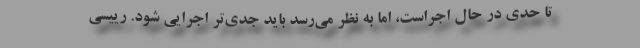
تا حدی در حال اجراست، اما به نظر می‌رسد باید جدی‌تر اجرایی شود. رییسی